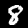
Digit: 8